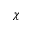
\chi